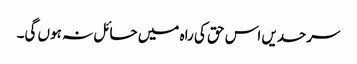
سرحدیں اس حق کی راہ میں حائل نہ ہوں گی۔